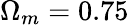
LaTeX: \Omega_{m}=0.75